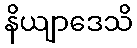
နိယျာဒေသိ